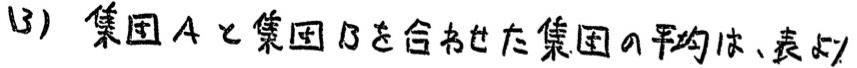
(3) 集団$A$と集団$B$を合わせた集団の平均は、表の